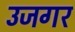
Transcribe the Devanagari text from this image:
उजगर